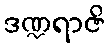
ဒဏ္ဍရာဇိ